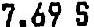
7.69 S